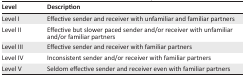
<table><thead><tr><td><b>Level</b></td><td><b>Description</b></td></tr></thead><tbody><tr><td>Level I</td><td>Effective sender and receiver with unfamiliar and familiar partners</td></tr><tr><td>Level II</td><td>Effective but slower paced sender and/or receiver with unfamiliar and/or familiar partners</td></tr><tr><td>Level III</td><td>Effective sender and receiver with familiar partners</td></tr><tr><td>Level IV</td><td>Inconsistent sender and/or receiver with familiar partners</td></tr><tr><td>Level V</td><td>Seldom effective sender and receiver even with familiar partners</td></tr></tbody></table>